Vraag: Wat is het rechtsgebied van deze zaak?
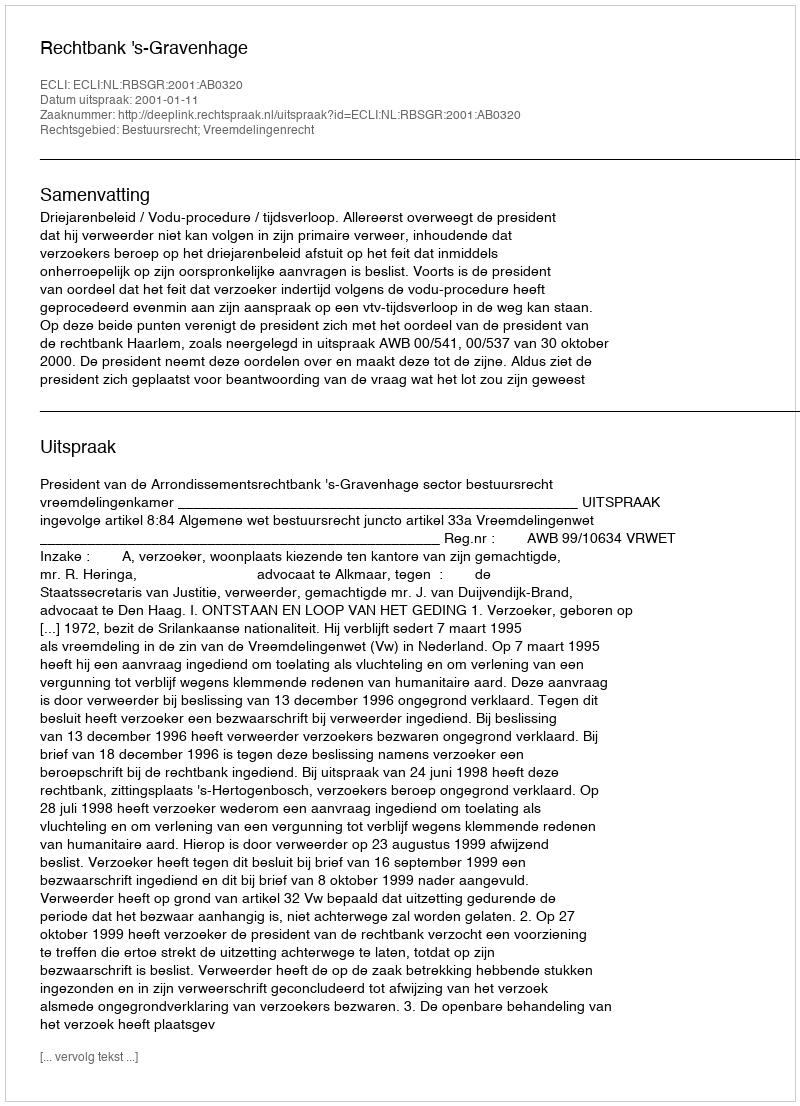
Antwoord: Bestuursrecht; Vreemdelingenrecht